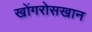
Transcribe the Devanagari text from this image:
खोंगरोसखान